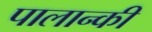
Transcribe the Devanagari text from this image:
पालान्की